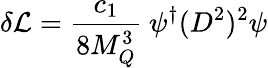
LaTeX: \delta{\cal L}={\frac{c_{1}}{8M_{Q}^{3}}}~\psi^{\dagger}(D^{2})^{2}\psi